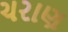
ચરાણ